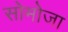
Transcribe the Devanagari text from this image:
सोमोजा